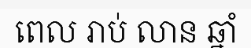
ពេល រាប់ លាន ឆ្នាំ